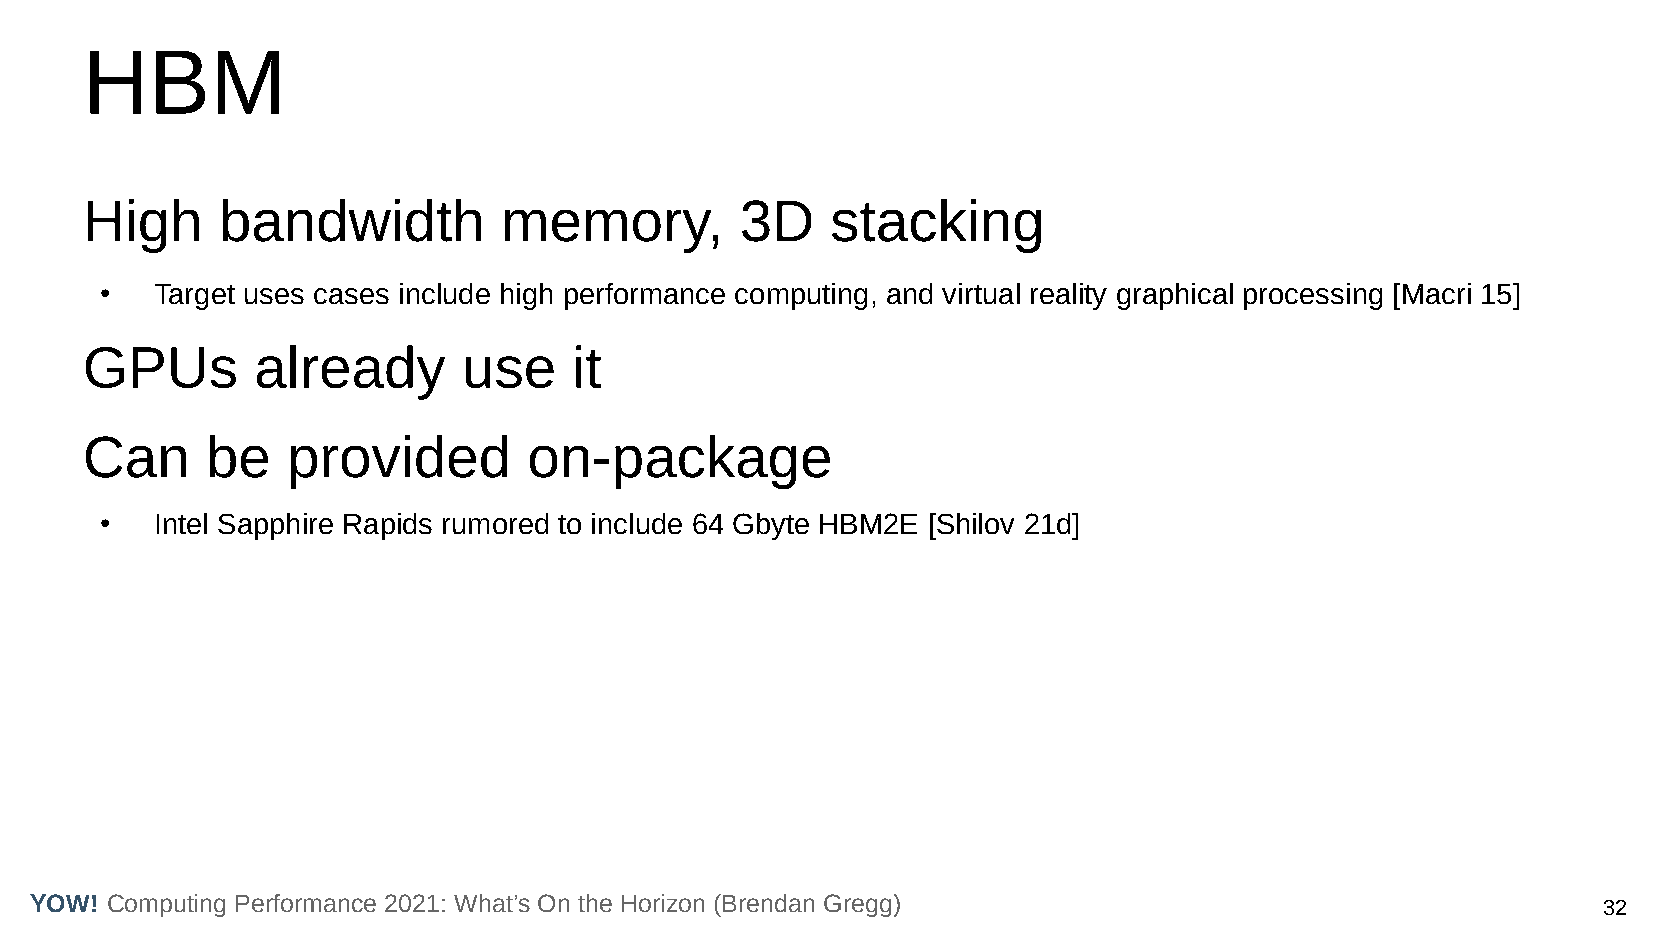
HBM
 High     bandwidth          memory,         3D    stacking
 ●  Target uses cases include high performance computing, and virtual reality graphical processing [Macri 15]
 GPUs        already       use    it
 Can      be   provided        on-package
 ●  Intel Sapphire Rapids rumored to include 64 Gbyte HBM2E [Shilov 21d]
 YOW! Computing Performance 2021: What’s On the Horizon (Brendan Gregg)                                  32